Civil Veterinary Dept. Bombay admin report 1932-41 - 1932-1941
Year: 1932
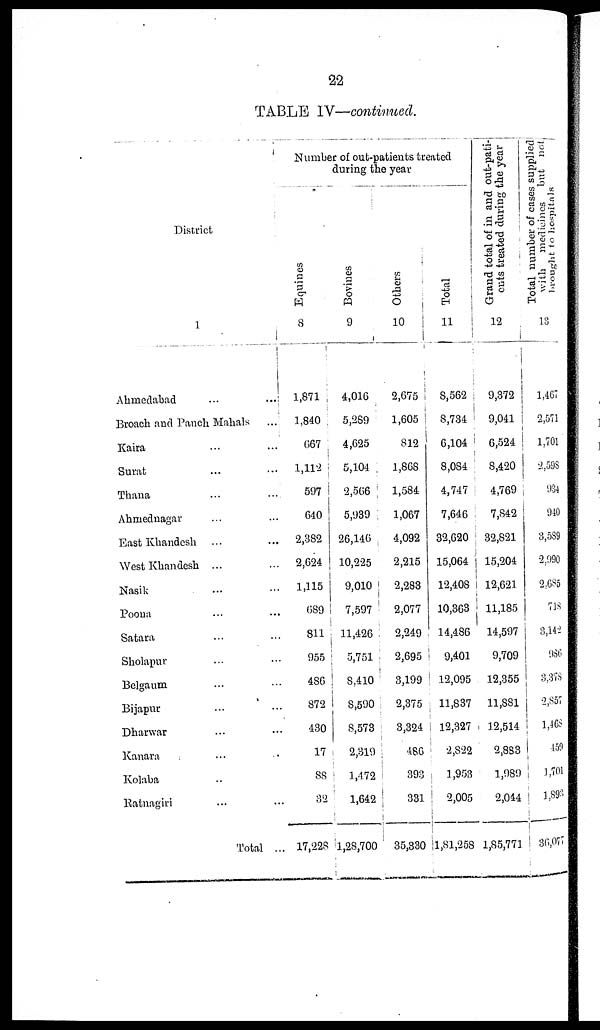
22
TABLE IV—continued.
District
1
Ahmedabad
...
...
Broach and Panch Mahals
...
Kaira ... ...
Surat ... ...
Thana ... ...
Ahmednagar ... ...
East Khandesh ... ...
West Khandesh ... ...
Nasik ... ...
Poona ... ...
Satara ... ...
Sholapur ... ...
Belgaum ... ...
Bijapur ... ...
Dharwar ... ...
Kanara ... ...
Kolaba... ...
Ratnagiri ... ...
Total ...
Number of out-patients treated
during the year
Equines
8
1,871
1,840
667
1,112
597
640
2,382
2,624
1,115
689
811
955
486
872
480
17
88
32
17,228
Bovines
9
4,016
5,289
4,625
5,104
2,566
5,939
26,146
10,225
9,010
7,597
11,426
5,751
8,410
8,590
8,573
2,319
1,472
1,642
1,28,700
Others
10
2,675
1,605
812
1,868
1,584
1,067
4,092
2,215
2,288
2,077
2,249
2,695
3,199
2,375
3,324
486
393
331
35,330
Total
11
8,562
8,734
6,104
8,084
4,747
7,646
32,620
15,064
12,408
10,363
14,486
9,401
12,095
11,837
12,327
2,822
1,953
2,005
l,8l,258
Grand total of in and out-pati-
ents treated during the year
12
9,372
9,041
6,524
8,420
4,769
7,842
32,821
15,204
12,621
11,185
14,597
9,709
12,355
11,881
12,514
2,883
1,989
2,044
1,85,771
Total number of cases supplied
with medicin
brought to hospitals
13
1,467
2,571
1,701
2,598
934
940
3,539
2,990
2,685
71S
3,142
986
8,378
2,357
1,468
459
1,701
1,893
36,077